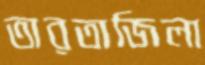
তারতাজিলা